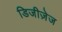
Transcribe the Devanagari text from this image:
डिजीज़ेज